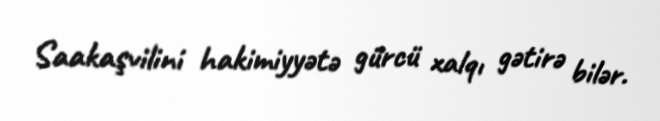
Saakaşvilini hakimiyyətə gürcü xalqı gətirə bilər.